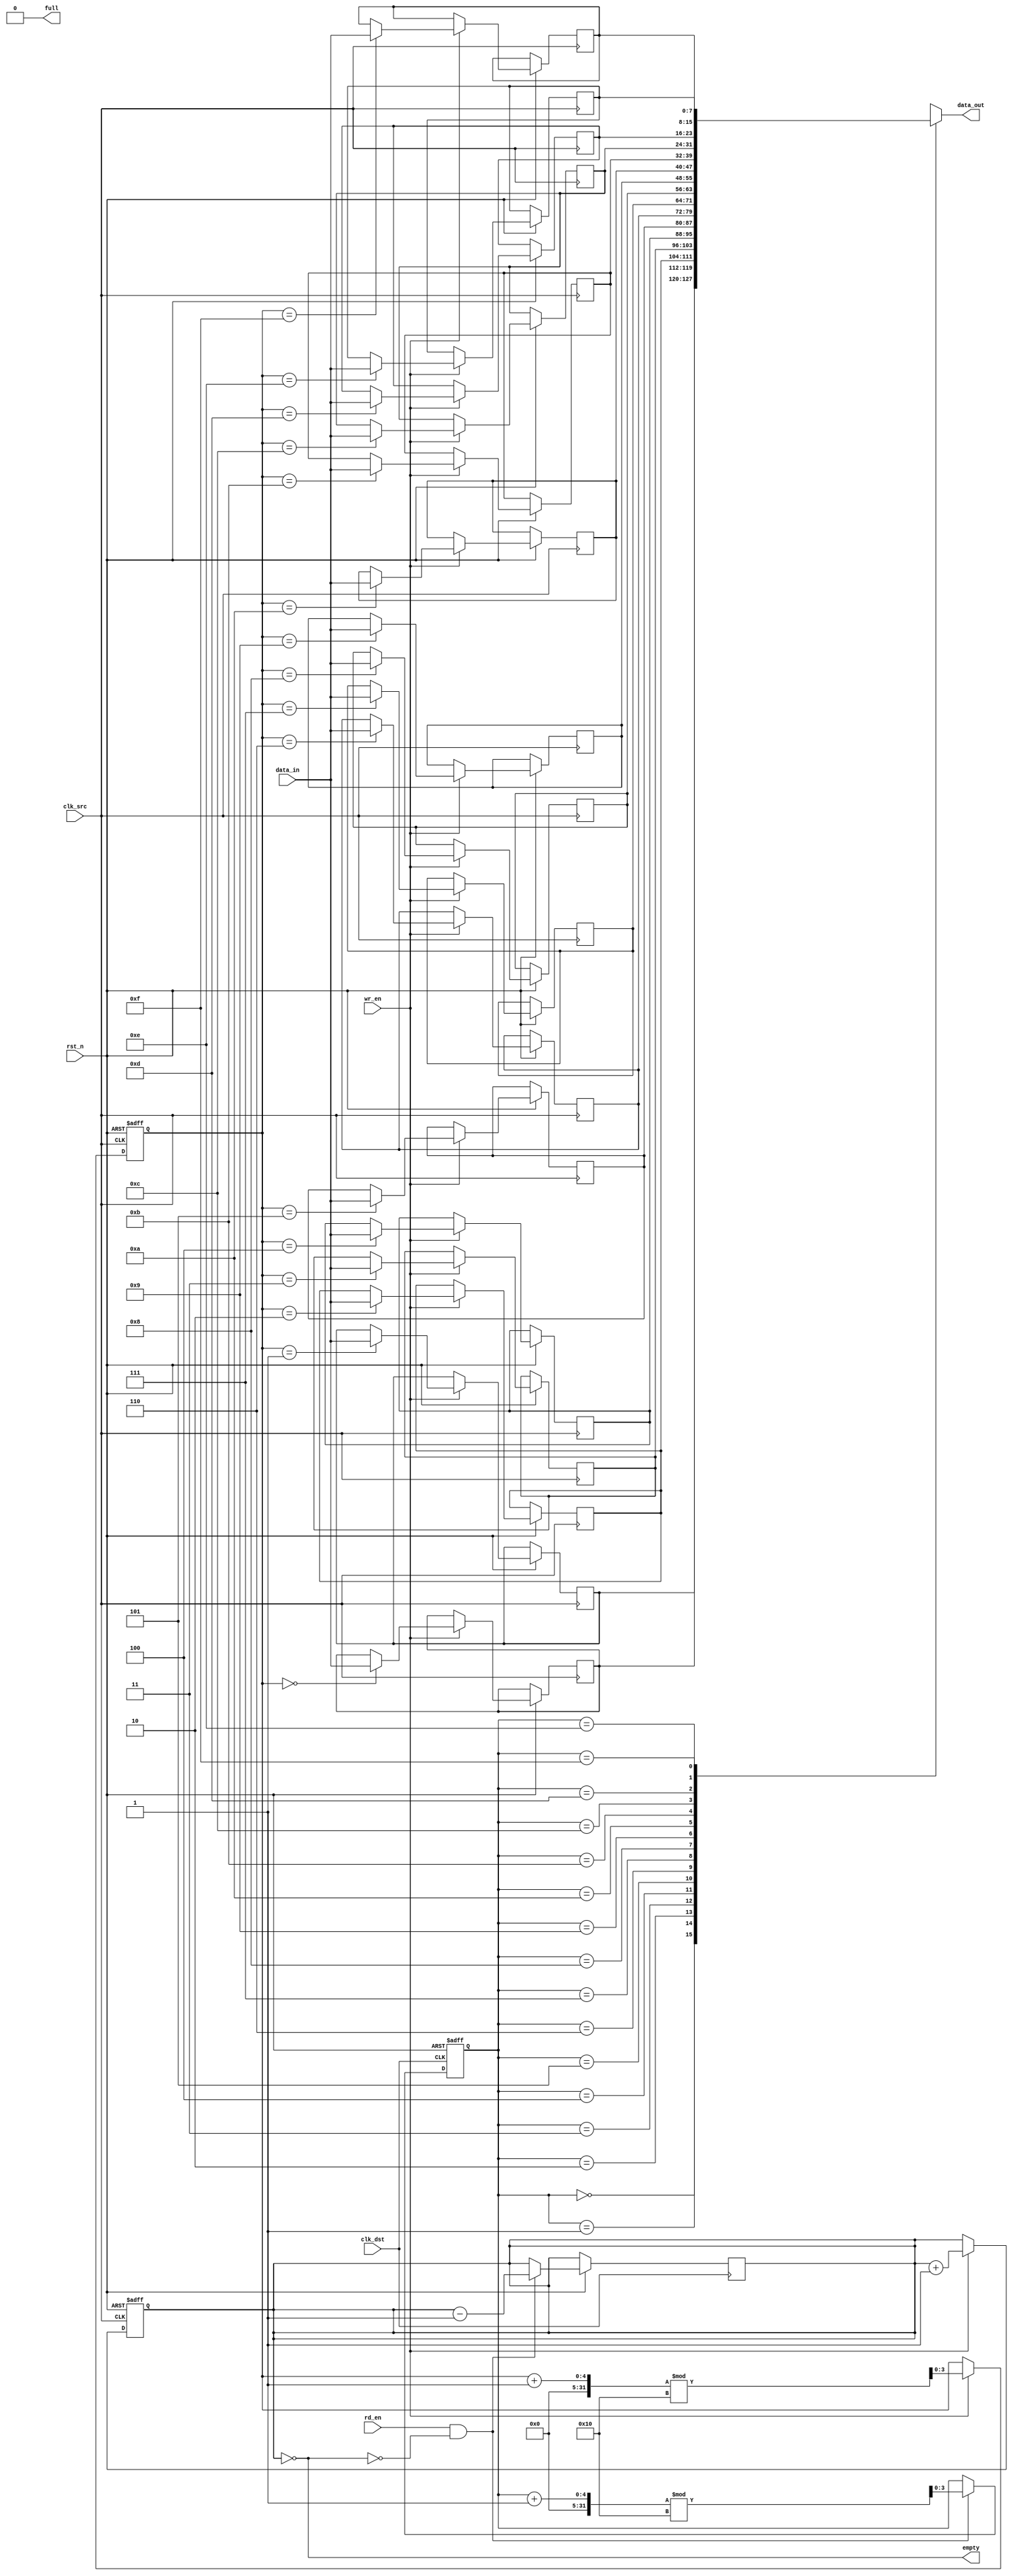
module fifo_synchronizer #(
    parameter DATA_WIDTH = 8,    // Width of the data
    parameter FIFO_DEPTH = 16     // Depth of the FIFO
)(
    input wire clk_src,           // Source clock
    input wire clk_dst,           // Destination clock
    input wire rst_n,             // Active low reset
    input wire wr_en,             // Write enable (source domain)
    input wire [DATA_WIDTH-1:0] data_in, // Data input
    output wire full,             // FIFO full flag
    input wire rd_en,             // Read enable (destination domain)
    output wire [DATA_WIDTH-1:0] data_out, // Data output
    output wire empty             // FIFO empty flag
);

    // FIFO buffer
    reg [DATA_WIDTH-1:0] fifo_mem [0:FIFO_DEPTH-1];
    reg [3:0] wr_ptr, rd_ptr;     // Write and read pointers
    reg [3:0] count;              // Number of items in the FIFO

    // Synchronization registers for write pointer
    reg [3:0] wr_ptr_sync_1, wr_ptr_sync_2;

    // Synchronization registers for read pointer
    reg [3:0] rd_ptr_sync_1, rd_ptr_sync_2;

    // FIFO control logic
    assign full = (count == FIFO_DEPTH);
    assign empty = (count == 0);
    assign data_out = fifo_mem[rd_ptr];

    // Write logic (source clock domain)
    always @(posedge clk_src or negedge rst_n) begin
        if (!rst_n) begin
            wr_ptr <= 0;
            count <= 0;
        end else if (wr_en && !full) begin
            fifo_mem[wr_ptr] <= data_in;
            wr_ptr <= (wr_ptr + 1) % FIFO_DEPTH;
            count <= count + 1;
        end
    end

    // Read logic (destination clock domain)
    always @(posedge clk_dst or negedge rst_n) begin
        if (!rst_n) begin
            rd_ptr <= 0;
        end else if (rd_en && !empty) begin
            rd_ptr <= (rd_ptr + 1) % FIFO_DEPTH;
            count <= count - 1;
        end
    end

    // Synchronize write pointer to destination clock domain
    always @(posedge clk_dst or negedge rst_n) begin
        if (!rst_n) begin
            wr_ptr_sync_1 <= 0;
            wr_ptr_sync_2 <= 0;
        end else begin
            wr_ptr_sync_1 <= wr_ptr;
            wr_ptr_sync_2 <= wr_ptr_sync_1;
        end
    end

    // Synchronize read pointer to source clock domain
    always @(posedge clk_src or negedge rst_n) begin
        if (!rst_n) begin
            rd_ptr_sync_1 <= 0;
            rd_ptr_sync_2 <= 0;
        end else begin
            rd_ptr_sync_1 <= rd_ptr;
            rd_ptr_sync_2 <= rd_ptr_sync_1;
        end
    end

endmodule